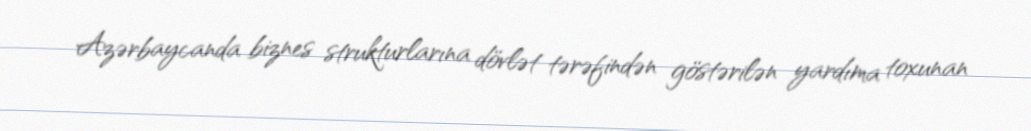
Azərbaycanda biznes strukturlarına dövlət tərəfindən göstərilən yardıma toxunan